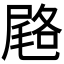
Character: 𭕨